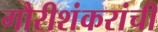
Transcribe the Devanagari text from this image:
गौरीशंकरांची